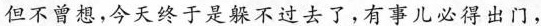
但不曾想，今天终于是躲不过去了，有事儿必得出门，